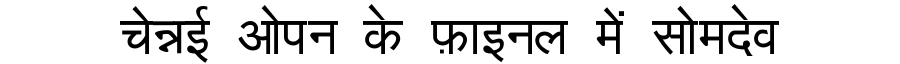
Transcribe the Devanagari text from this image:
चेन्नई ओपन के फ़ाइनल में सोमदेव